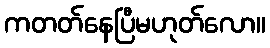
ကတတ်နေပြီမဟုတ်လော။